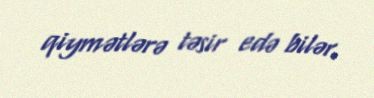
qiymətlərə təsir edə bilər.